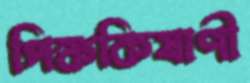
পিঙ্ককিষাণী